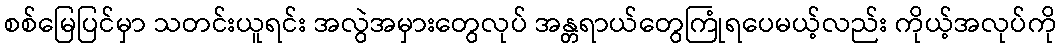
စစ်မြေပြင်မှာ သတင်းယူရင်း အလွဲအမှားတွေလုပ် အန္တရာယ်တွေကြုံရပေမယ့်လည်း ကိုယ့်အလုပ်ကို